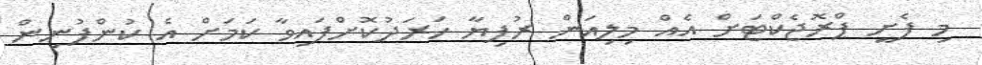
މި ފެށީ ޕްރޮޖެކްޓަށް އެއް މިލިއަން ރުފިޔާ ހަރަދުކޮށްފައިވާ ކަމަށް އެ ކުންފުނިން